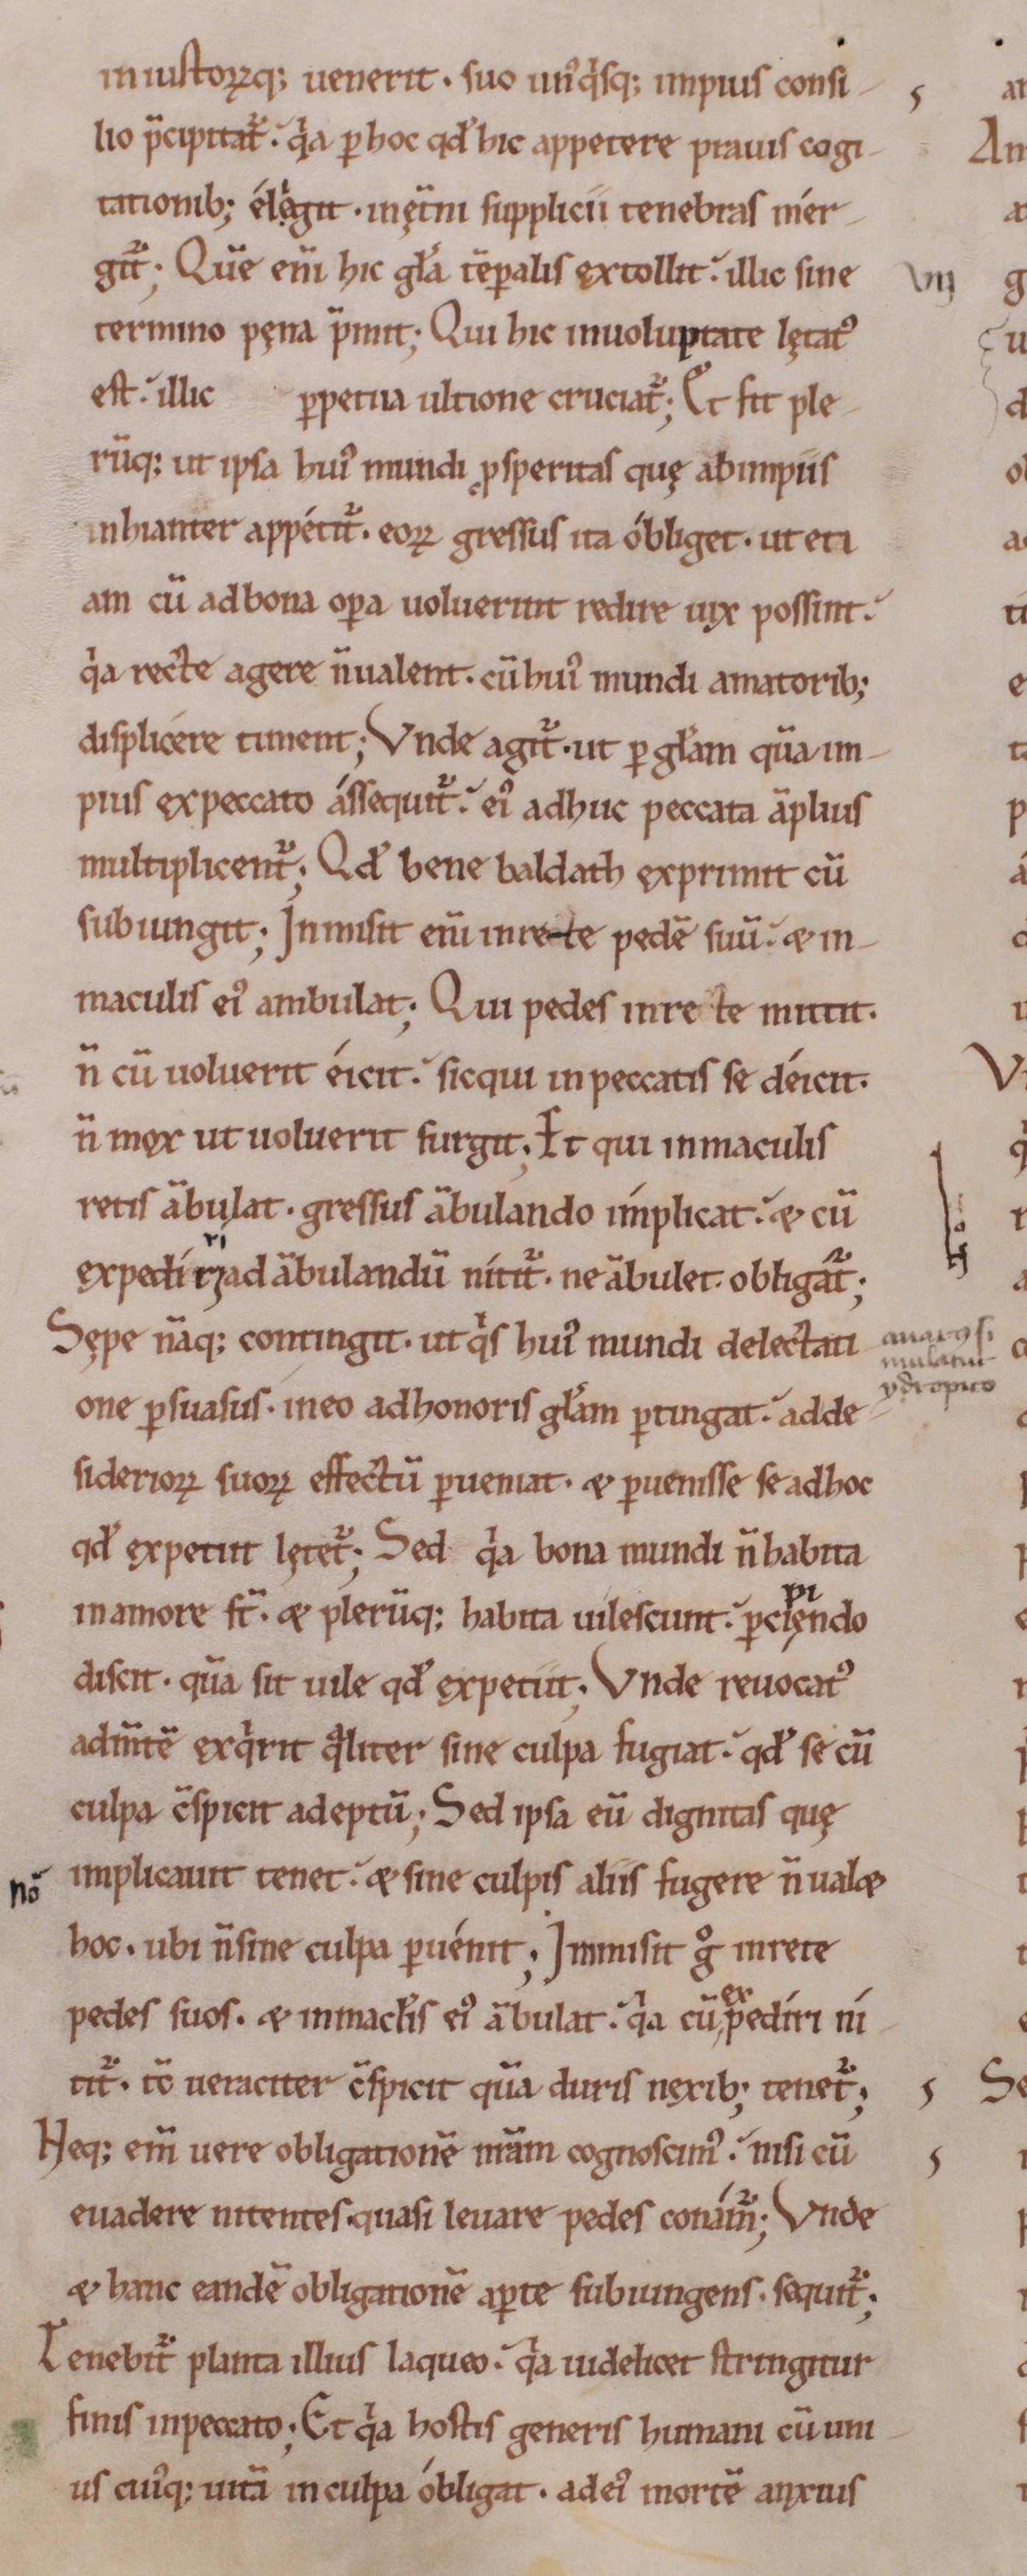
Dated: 1000–1199